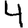
Digit: 4